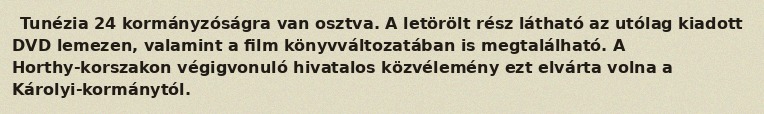
Tunézia 24 kormányzóságra van osztva. A letörölt rész látható az utólag kiadott DVD lemezen, valamint a film könyvváltozatában is megtalálható. A Horthy-korszakon végigvonuló hivatalos közvélemény ezt elvárta volna a Károlyi-kormánytól.